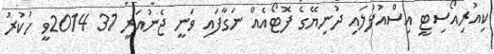
ކިއުރިއޯސިޓީ އިސްއުފުލައި ދުނިޔޭގެ ފޮޓޯއެއް ނަގާފައި ވަނީ ޖެނުއަރީ 31 2014ވީ ހުކުރު